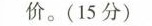
价。(15分)